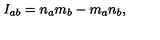
I _ { a b } = n _ { a } m _ { b } - m _ { a } n _ { b } ,